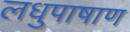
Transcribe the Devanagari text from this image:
लधुपाषाण